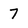
Character: 7